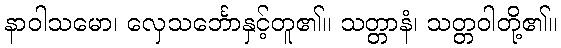
နာဝါသမော၊ လှေသင်္ဘောနှင့်တူ၏။ သတ္တာနံ၊ သတ္တဝါတို့၏။